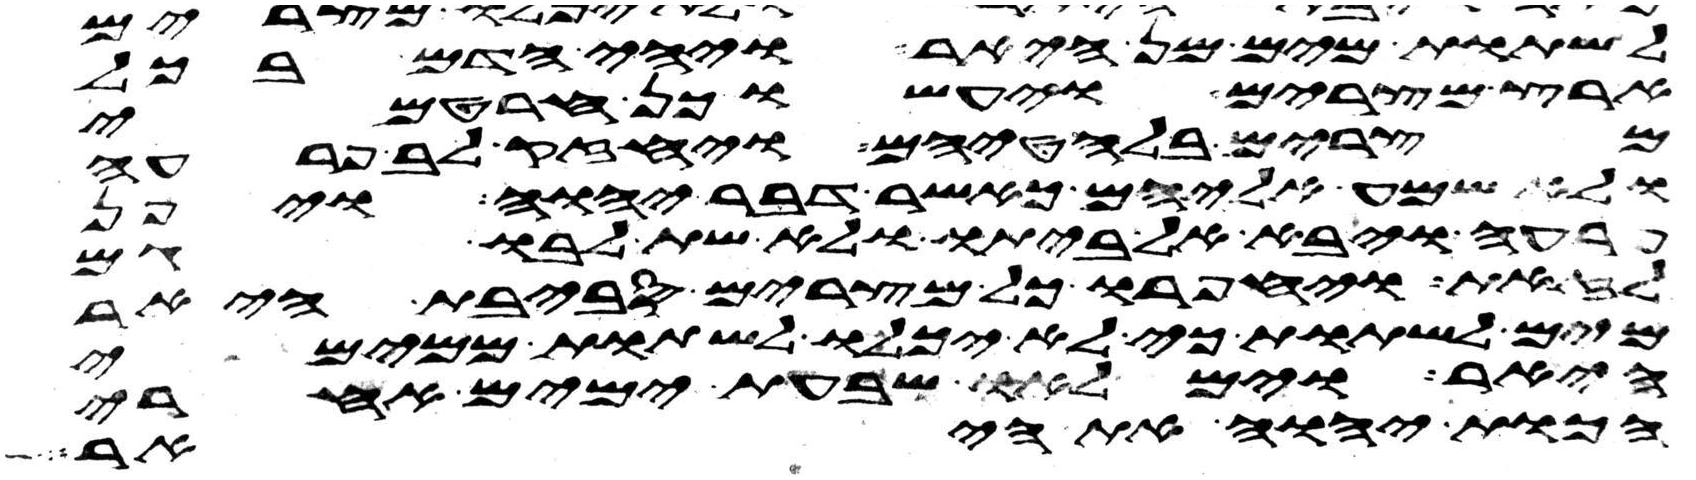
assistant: לשתות מים מן היאר ויהי הדם בכל
ארץ מצרים ויעשו כן חרטמי
מצרים בלחטיהם ויחזק לב פרעה
ולא שמע אליהם כאשר דבר יהוה ויפן
פרעה ויבא אל ביתו ולא שת לבו גם
לזאת ויחפרו כל מצרים סביבת היאר
מים לשתות כי לא יכלו לשתות ממימי
היאר וימלאו שבעת ימים אחרי
הכות יהוה את היאר